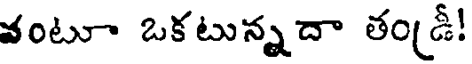
వంటూ ఒకటున్నదా తం(డీ!